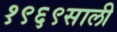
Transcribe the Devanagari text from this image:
१९६९साली